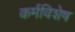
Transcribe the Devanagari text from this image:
कर्मविशेष